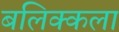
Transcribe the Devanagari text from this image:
बलिक्कला